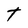
Character: t